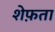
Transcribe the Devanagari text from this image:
शेफ़ता